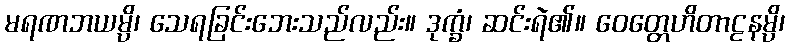
မရဏဘယမ္ပိ၊ သေရခြင်းဘေးသည်လည်း။ ဒုက္ခံ၊ ဆင်းရဲ၏။ ဝေတ္တေဟိတာဠနမ္ပိ၊